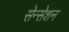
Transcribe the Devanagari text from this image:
सेन्सेशन